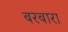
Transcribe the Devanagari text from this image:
बरबारा